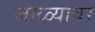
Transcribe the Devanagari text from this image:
जाळ्यावर